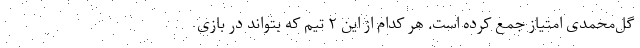
گل‌محمدی امتیاز جمع کرده است. هر کدام از این ۲ تیم که بتواند در بازی